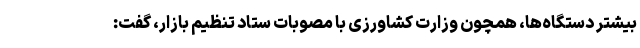
بیشتر دستگاه‌ها، همچون وزارت کشاورزی با مصوبات ستاد تنظیم بازار، گفت: